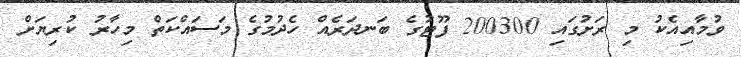
ވުމާއިއެކު މި ރަށުގައި 200300 ފޫޓުގެ ބަނދަރެއް ހެދުމުގެ މަސައްކަތް މިހާރު ކުރިޔަށް